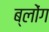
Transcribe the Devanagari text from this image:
ब्लोंग